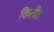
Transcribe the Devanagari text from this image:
किती।